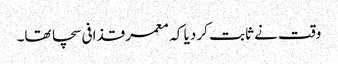
وقت نے ثابت کر دیا کہ معمر قذافی سچا تھا۔